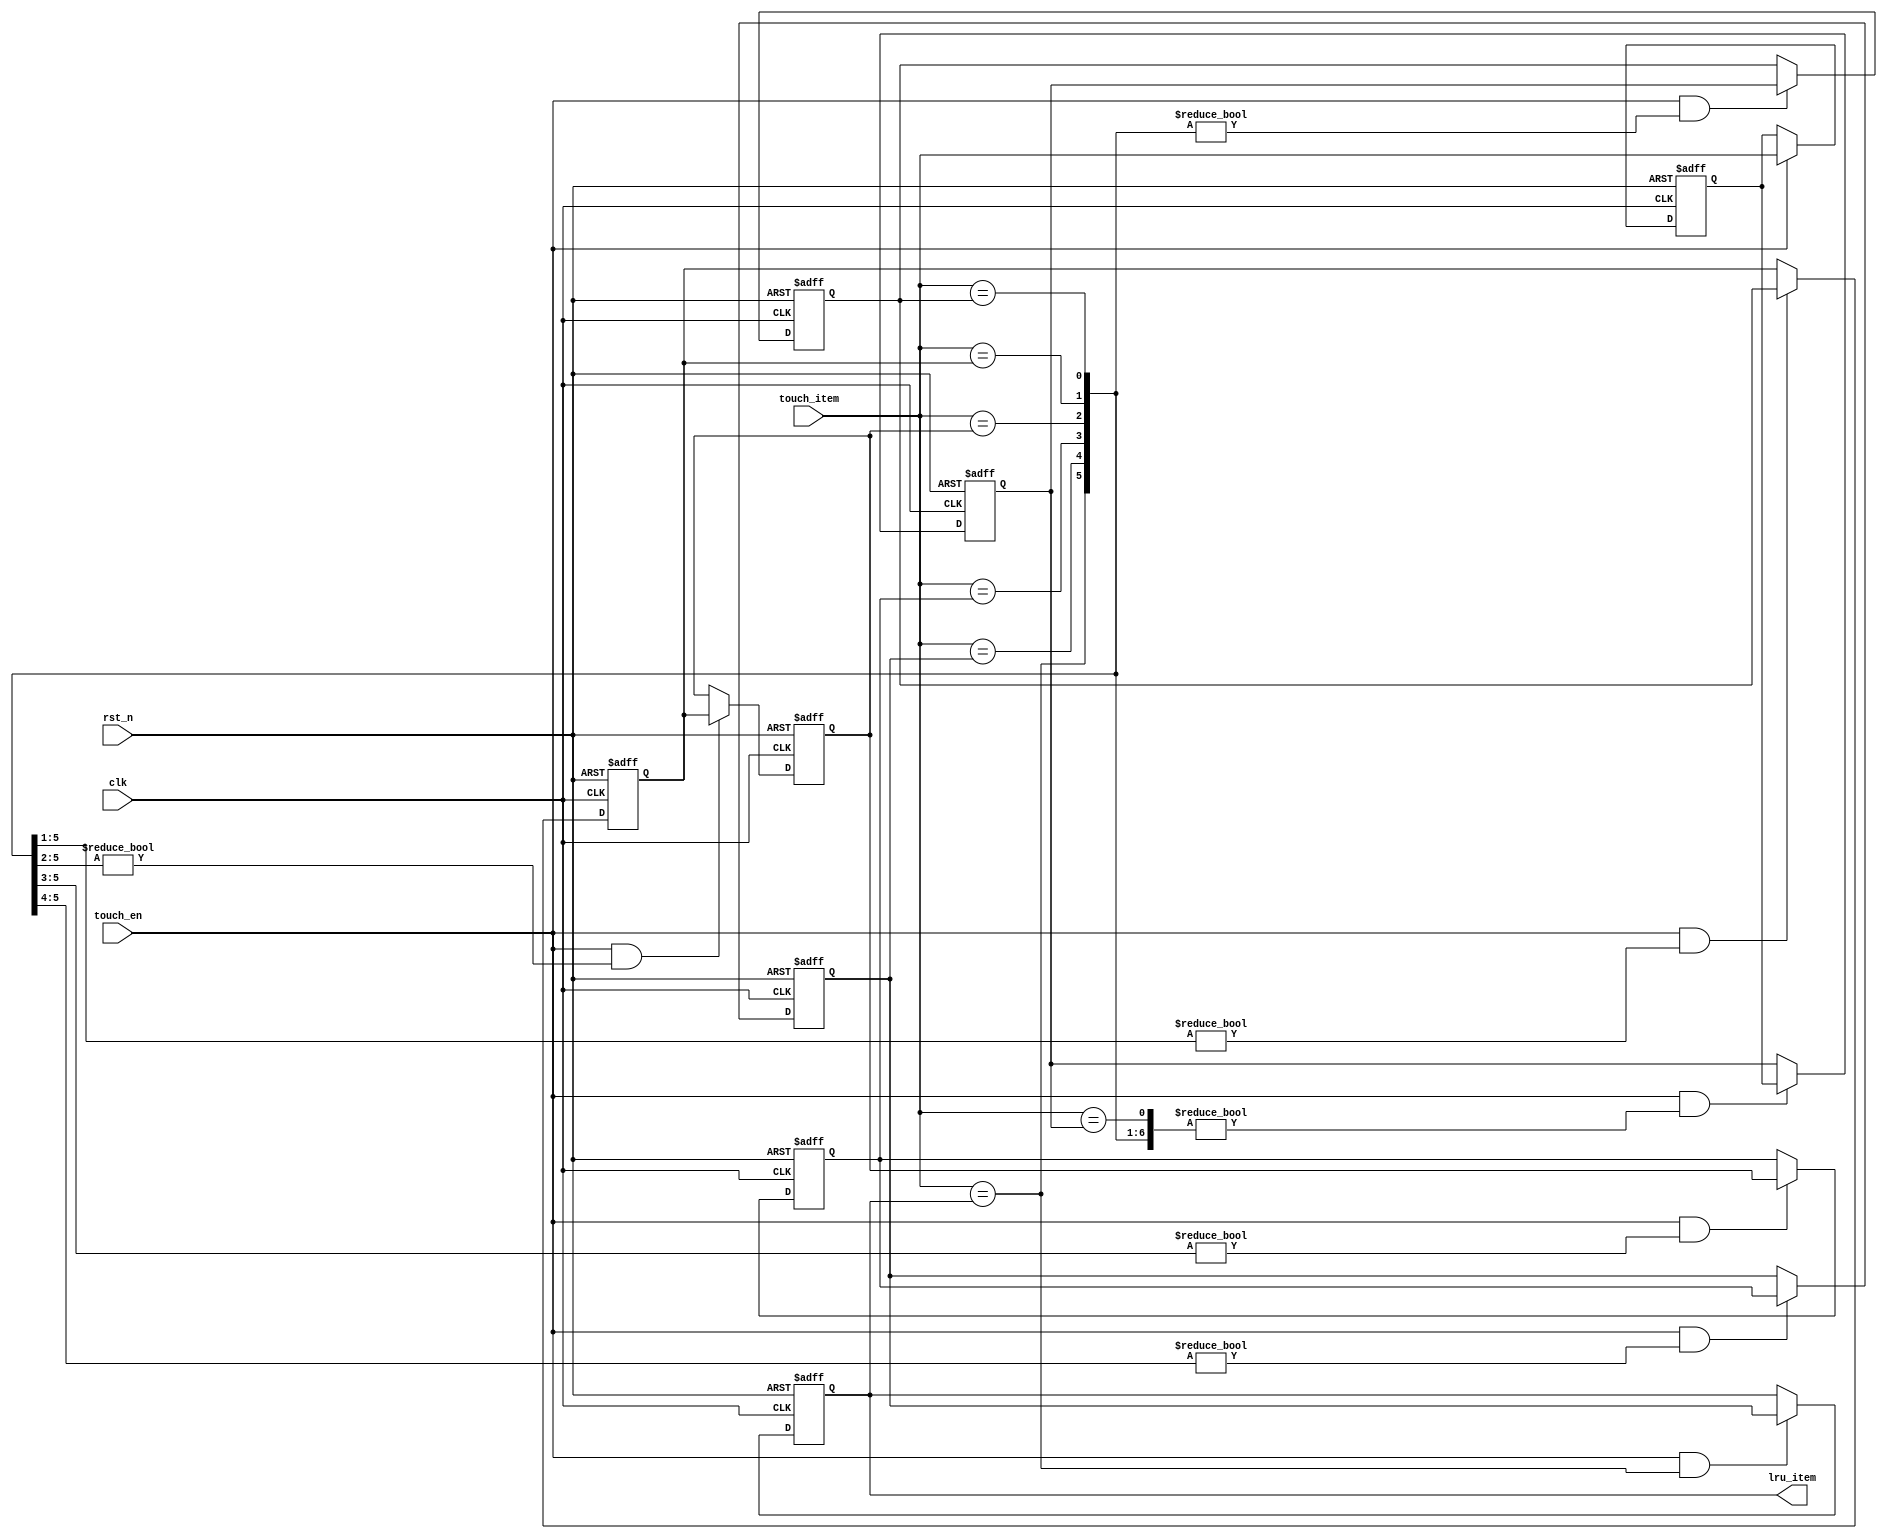
module BhtLRU(clk, rst_n, touch_en, touch_item, lru_item);
    parameter NItem = 8;
    input clk, rst_n, touch_en;
    input [NItem - 1:0] touch_item;
    output [NItem - 1:0] lru_item;
    
    reg [NItem - 1:0] stack[NItem - 1:0];
    wire [NItem - 1:1] hit;

    assign lru_item = stack[NItem - 1];

    generate
        genvar i;
        for (i = 1; i < NItem; i = i + 1) begin
            assign hit[i] = touch_item == stack[i];
        end
        always @(posedge clk, negedge rst_n) begin
            if (!rst_n)
                stack[0] <= 1;
            else if (touch_en)
                stack[0] <= touch_item;
        end
        for (i = 1; i < NItem; i = i + 1) begin
            always @(posedge clk, negedge rst_n) begin
                if (!rst_n)
                    stack[i] <= 1 << i;
                else if (touch_en && hit[NItem - 1:i] != 0)
                    stack[i] <= stack[i - 1];
            end
        end
    endgenerate

endmodule